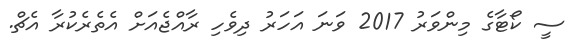
ސީ ކޯޓާގެ މިންވަރު 2017 ވަނަ އަހަރު ދިވެހި ރާއްޖެއަށް އެތެރެކުރާ އެޗް.